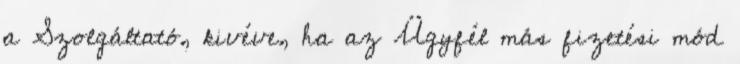
a Szolgáltató, kivéve, ha az Ügyfél más fizetési mód